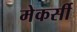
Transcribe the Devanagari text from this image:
मेकर्सी